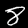
Digit: 8